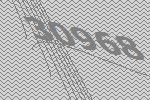
30968